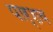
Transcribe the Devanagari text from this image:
पार्शव